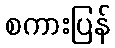
စကားပြန်